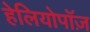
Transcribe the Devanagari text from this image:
हेलियोपॉज़